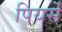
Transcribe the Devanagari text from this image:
पियर्सें